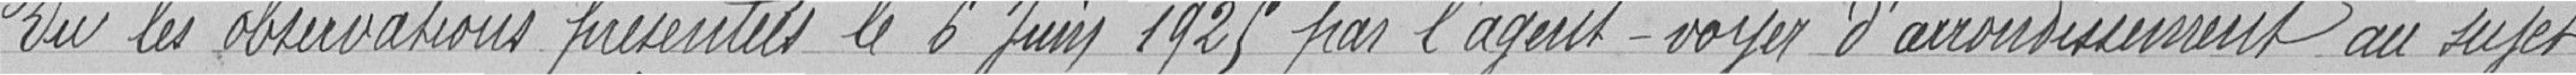
Vu les observations présentées le 6 juin 1925 par l'agent-voyer d'arrondissement au sujet